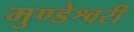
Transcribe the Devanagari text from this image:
मुण्डेश्वरी